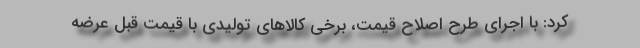
کرد: با اجرای طرح اصلاح قیمت، برخی کالاهای تولیدی با قیمت قبل عرضه